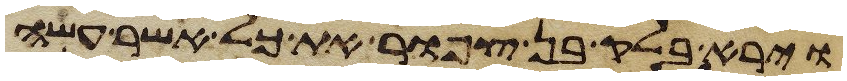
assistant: וירא בלק בן צפור את כל אשר עשה